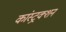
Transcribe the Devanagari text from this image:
कांस्ट्रक्शन